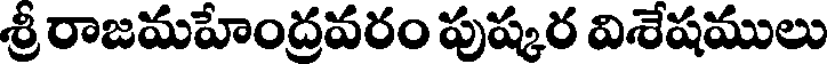
శ్రీ రాజమహేంద్రవరం పుష్కర విశేషములు